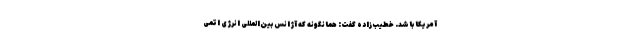
آمریکا باشد. خطیب‌زاده گفت: همانگونه که آژانس بین‌المللی انرژی اتمی